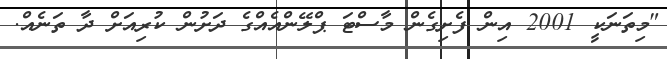
"މިތަނަކީ 2001 އިން ފެށިގެން މާސްޓަ ޕްލޭންއެއްގެ ދަށުން ކުރިއަށް ދާ ތަނެއް.